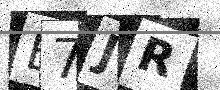
Text: B7JR